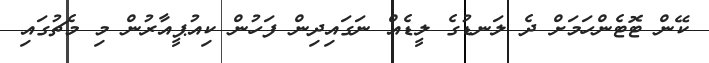
ކޭން ޓޮޓެންހަމަށް ދެ ލަނޑުގެ ލީޑެއް ނަގައިިދިން ފަހުން ކިއުޕީއާރުން މި މެޗުގައި